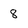
Character: 8